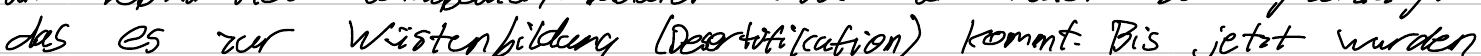
das es zur Wüstenbildung (Desertifikation) kommt. Bis jetzt wurden